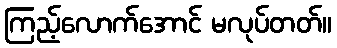
ကြည့်လောက်အောင် မလုပ်တတ်။